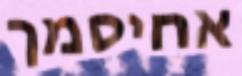
אחיסמך